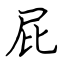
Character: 屁